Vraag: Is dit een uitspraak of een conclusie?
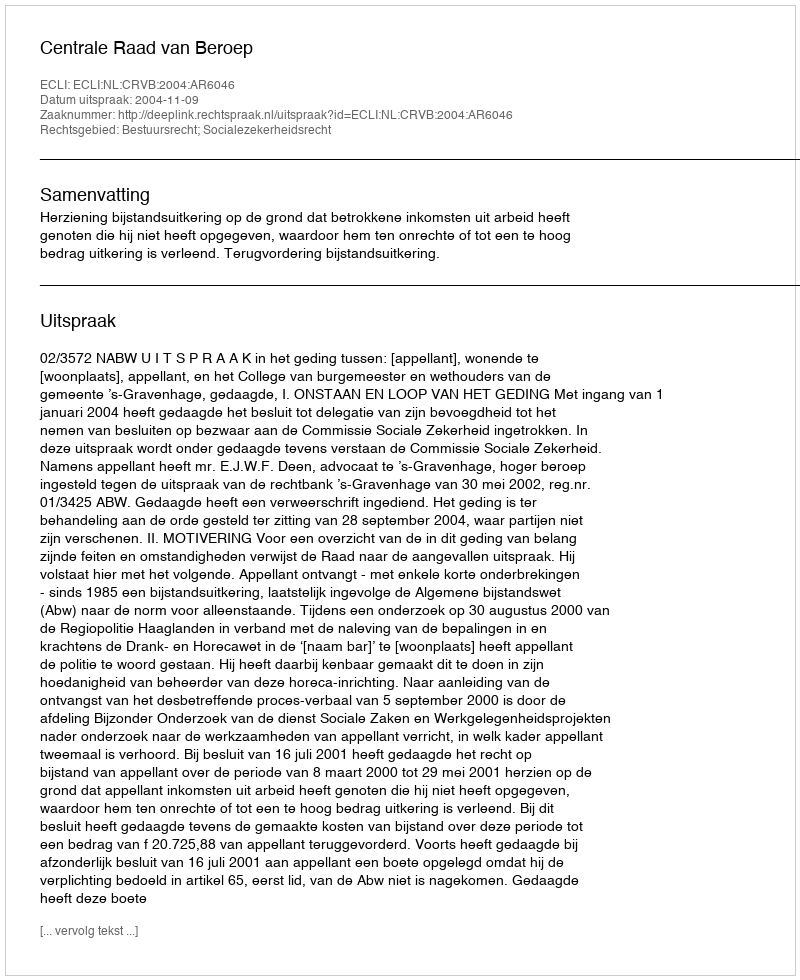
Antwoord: Uitspraak